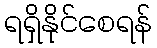
ရရှိနိုင်စေရန်